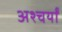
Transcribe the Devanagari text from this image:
अश्चर्यों